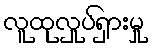
လူထုလှုပ်ရှားမှု